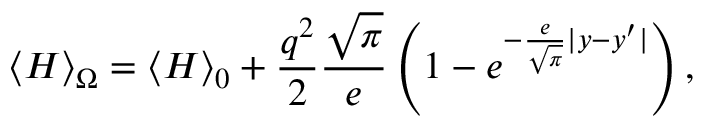
\left\langle H \right\rangle _ { \Omega } = \left\langle H \right\rangle _ { 0 } + \frac { { q ^ { 2 } } } { 2 } \frac { { \sqrt \pi } } { e } \left( { 1 - e ^ { - \frac { e } { { \sqrt \pi } } | y - y ^ { \prime } | } } \right) ,